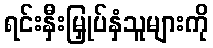
ရင်းနှီးမြှုပ်နှံသူများကို